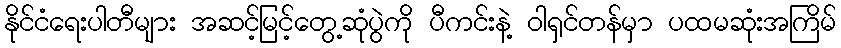
နိုင်ငံရေးပါတီများ အဆင့်မြင့်တွေ့ဆုံပွဲကို ပီကင်းနဲ့ ဝါရှင်တန်မှာ ပထမဆုံးအကြိမ်